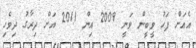
އެއަށް ފަހު ވީބީން ވަނީ 2009 އިން 2011 އަށް ދިރާގު ދިވެހި